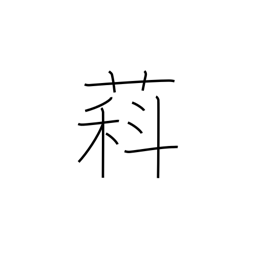
Meaning: type of wisteria